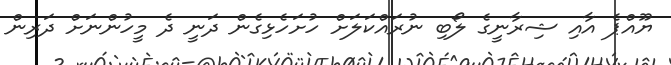
ޔޫއްޕެ އާއި ޝިރާނީގެ ލޯބި ނުރައްކަލަށް ހުށަހެޅިގެން ދަނީ ދެ މީހުންނަށް ދަރިން